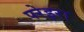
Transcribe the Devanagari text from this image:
परेइरा